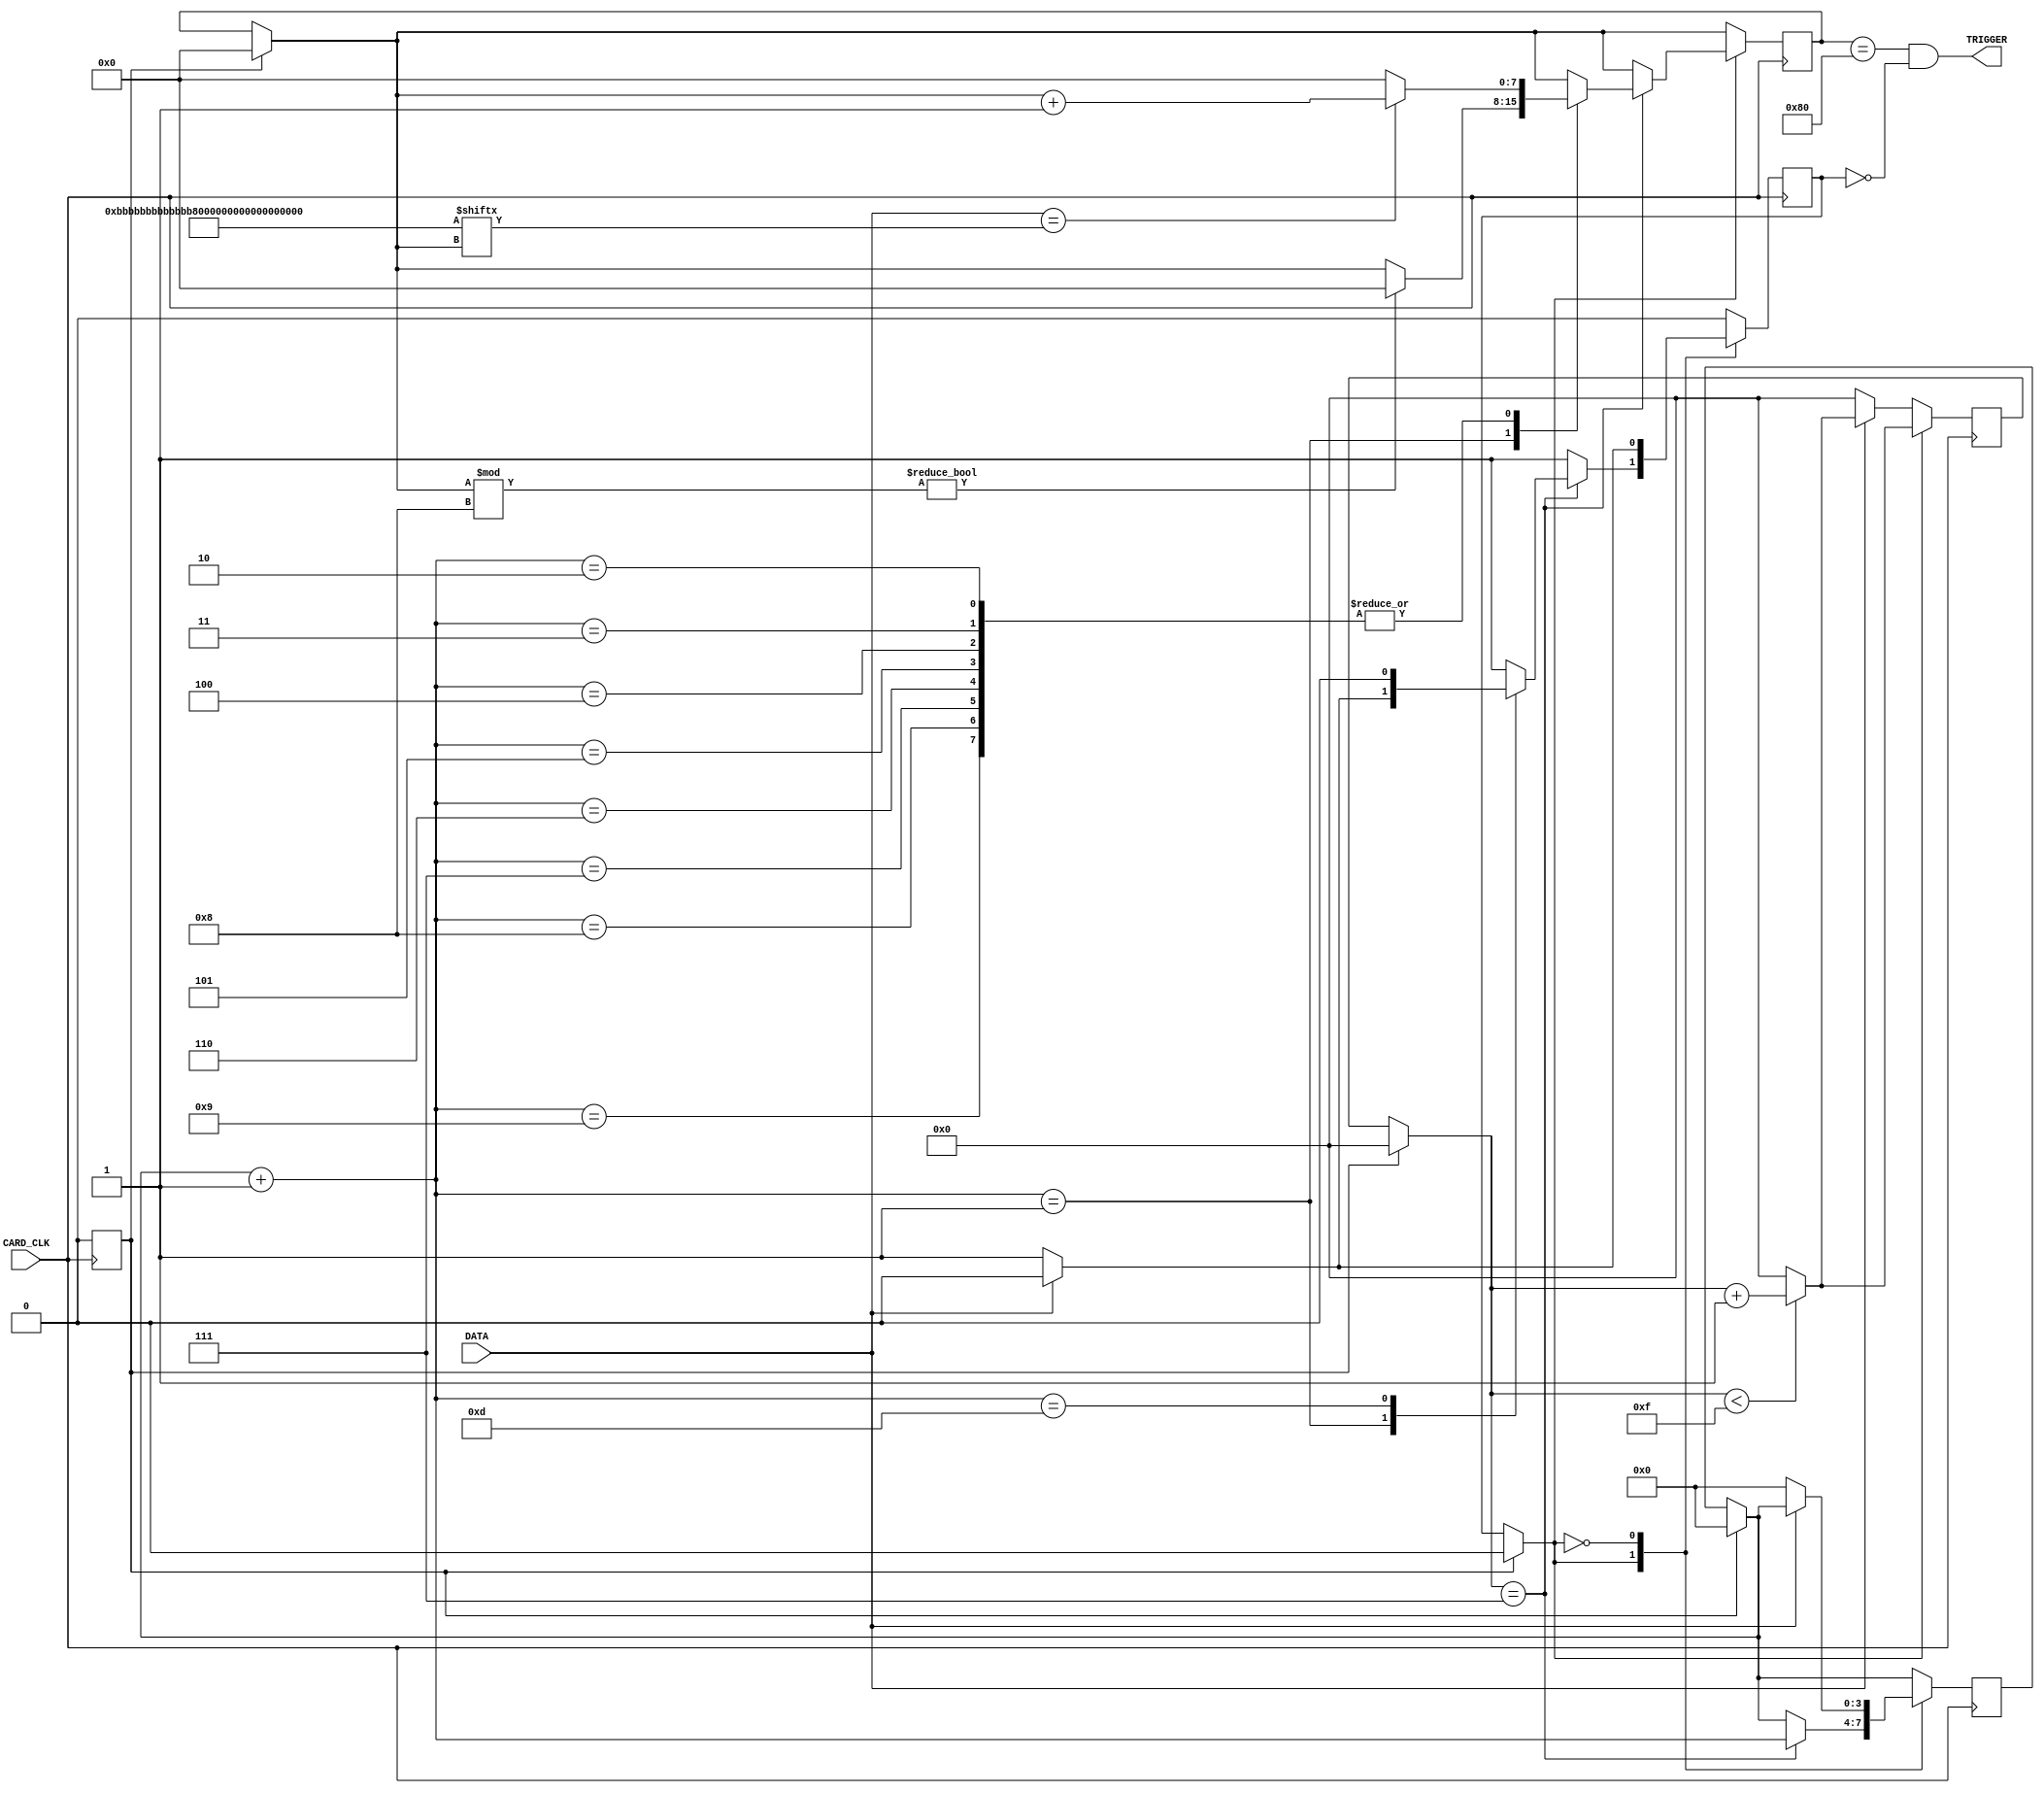
module iso7816_trigger
/*
    This module sends a trigger signal after the 
    match_pattern is seen on the DATA line.
    No CRC/Error handling - hope for no errors!
    You need to calculate the ETS yourself from Fd,Dd in the card ATR.
    
*/
#(
    // Bytes to search for in APDU command.
    parameter MATCH_PATTERN = 'hBBBBBBBBBBBBBBBBBBBBBBBBBBBBBBBB,
    // ETS as from ISO7816-3, Dd & Fd
    parameter ETS_CARD_CLK_COUNT = (2048/64)/2-1
)
(
    input CARD_CLK,  
    input DATA, 
    output TRIGGER
);
    parameter MATCH_COUNTER_BITLEN = $clog2($bits(MATCH_PATTERN)+1);
    parameter MATCH_PATTERN_MSB = $bits(MATCH_PATTERN)-1;
    
    parameter RECEIVING = 1,WAITING = 0;
    reg reset = 1;
    reg state;
    
    // How far we are in each byte transfer zero+start+8bits+parity+error+delay => 13 values
    parameter STATE_RECV_BIT_LEN=$clog2(13);
    reg [STATE_RECV_BIT_LEN-1:0] state_recv_bit;
    // Use a match counter instead of bit-shifting in data as 
    // this method requires fewer cells
    reg [MATCH_COUNTER_BITLEN-1:0] match_pattern_idx;
    reg [$clog2(ETS_CARD_CLK_COUNT+1):0] clk_counter;
    
    // Output on trigger
    assign TRIGGER = (match_pattern_idx == MATCH_PATTERN_MSB+1 && state == WAITING);

    initial
    begin
        $dumpfile("testbench_tb.vcd");
        $dumpvars(0,CARD_CLK, DATA, state, TRIGGER);
    end
    
    /*
        run each time we think a new bit is incomming
    */
    task recv_bit;
        input reg [STATE_RECV_BIT_LEN-1:0] state_recv_bit_new;
        begin
            state_recv_bit <= state_recv_bit_new;
            $display("state_recv_bit %d",state_recv_bit_new);
            case (state_recv_bit_new)
            //0 never happens
            1: begin
                if (DATA == 1) begin
                    //The first bit went wrong. Go into starting state
                    $display("First bit wrong, DATA is: %d",DATA);
                    state <= WAITING;
                end
                if (match_pattern_idx%8 != 0) begin
                    // We are not in sync, reset count
                    match_pattern_idx <= 0;
                end
            end
            2,3,4,5,6,7,8,9: begin
                $display("Data bit!");
                if (DATA == MATCH_PATTERN[match_pattern_idx]) begin
                    $display("Matching bit! %d",match_pattern_idx);
                    match_pattern_idx <= match_pattern_idx + 1;
                end 
                else begin
                    $display("Invalid BIT!");
                    match_pattern_idx <= 0;
                end
            end
            // 10 is parity bit, ignore this
            // 11 is delay
            // 12.5 is error bit
            13: 
            begin
                    state <= WAITING;
                end
            endcase
        end
    endtask
    
    /* CARD_CLK here is not the on-board clock but instead the CARD_CLK signal
    from the cardreader */
    //Note, if CARD_CLK is faster than the FPGA clock, you are in trouble
    always @(posedge CARD_CLK) begin
        if (reset) begin
            //Non-blocking should be fine, but this is cleaner.
            reset = 0;
            state = WAITING;
            state_recv_bit = 0;
            match_pattern_idx = 0;
            clk_counter = 0;
        end
        
        // Overflow guard
        if (clk_counter < ETS_CARD_CLK_COUNT) begin
            clk_counter <= clk_counter + 1;
        end else begin
            clk_counter <= 0;
        end
        
        case (state)
        RECEIVING:
            if (clk_counter == ETS_CARD_CLK_COUNT/2) begin
                //Read data in the middle of each ETS
                recv_bit(state_recv_bit + 1);
            end 
        WAITING: 
            if (DATA == 0) begin
                clk_counter <= 0;
                state <= RECEIVING;
                state_recv_bit <= 0;
            end
        endcase
    end
endmodule